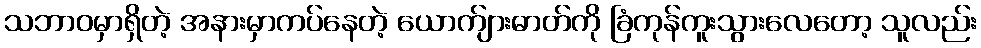
သဘာဝမှာရှိတဲ့ အနားမှာကပ်နေတဲ့ ယောက်ျားဓာတ်ကို ခြံကုန်ကူးသွားလေတော့ သူလည်း